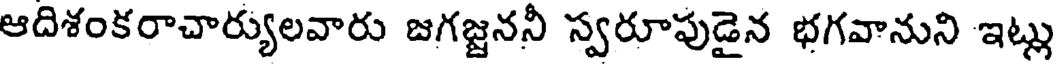
ఆదిశంకరాచార్యులవారు జగజ్జననీ స్వరూపుడైన భగవానుని ఇట్లు